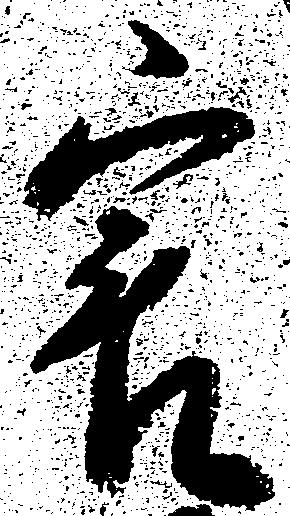
害